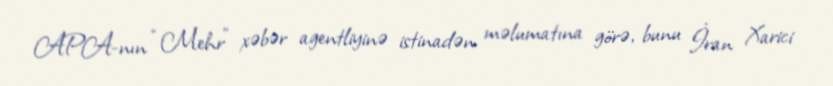
APA-nın “Mehr” xəbər agentliyinə istinadən məlumatına görə, bunu İran Xarici